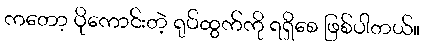
ကတော့ ပိုကောင်းတဲ့ ရုပ်ထွက်ကို ရရှိစေ ဖြစ်ပါတယ်။